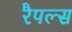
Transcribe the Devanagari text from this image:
रैपल्स